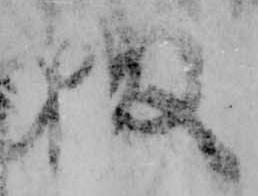
お